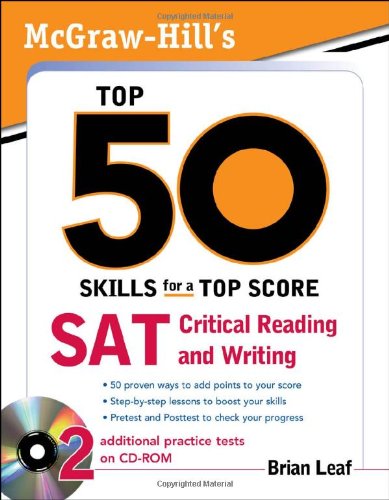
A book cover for McGraw-Hill's Top 50 Skills for a Top Score: SAT Critical Reading and Writing; Brian Leaf; Test Preparation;